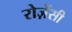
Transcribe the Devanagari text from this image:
रोज़ेंसी